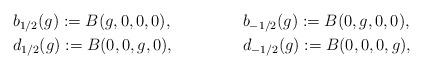
LaTeX: \begin{align*}& b _{1/2} (g) := B(g,0,0,0) , && b_{-1/2} (g) := B(0,g,0,0) , \\& d _{1/2} (g) := B(0,0,g,0) , && d_{-1/2} (g) := B(0,0,0,g) ,\end{align*}